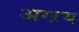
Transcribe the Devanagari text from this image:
अग्ऱय